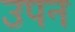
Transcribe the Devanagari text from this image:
उपन